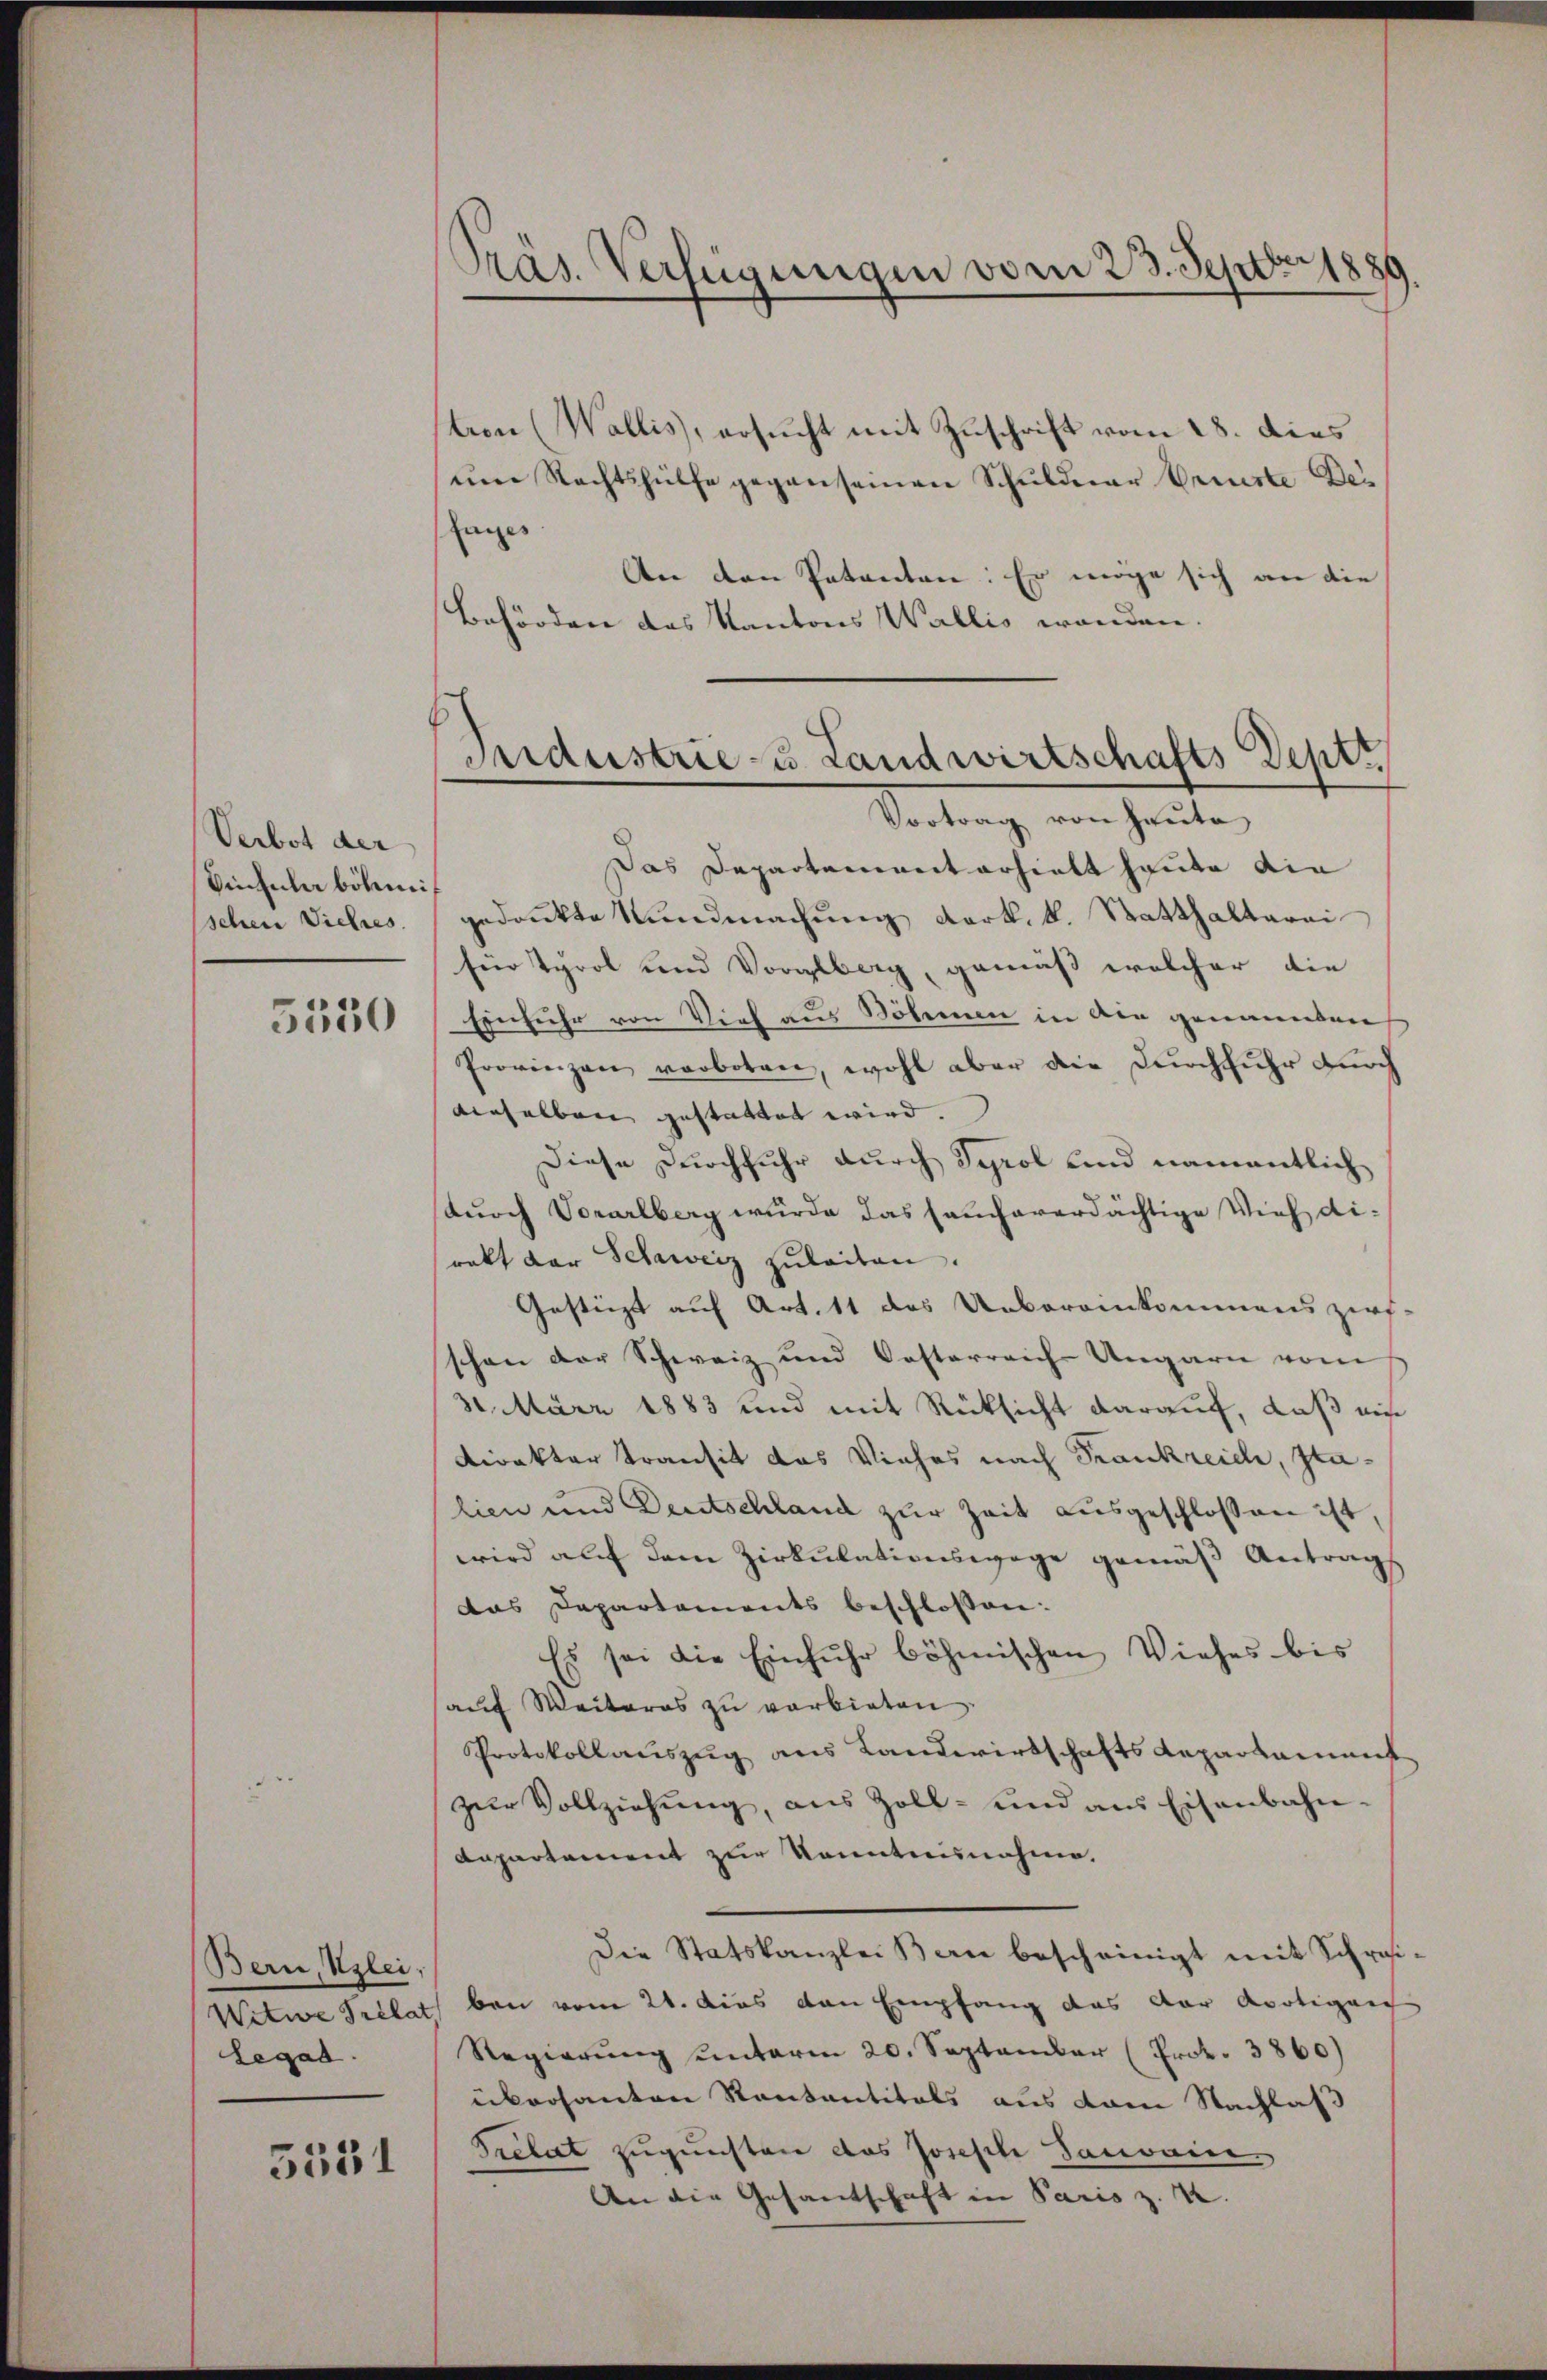
Verbot der
Einfula böhmi
5350

Bern, Klei,
Legat.

5531

Präs. Verfügungen vom 23. Septbr

tion (Wallis, ersucht mit Zuschrift vom 28. dies
ŭme Rechtshülfe gegen seinen Schuldner Criste Delages
An den Patenten: Er möge sich an die
Behörden des Kantons Wallis wenden.

Vortrag von Heute
Das Departement erhielt heute die
sehen Viehes gedankte Kundmachung Kark. k. Statthalterei
für Tyrol und Vorglberg, gemäß welcher die
Einfuhr von Vieh aus Böhmen in die genannten
Provinzen verboten, wohl aber die Durchfuhr durch
dieselben gestattet wird.
Diese Durchfuhr durch Syrol und namentlich
(durch Vorarlberg wurde das seucharerdächtige Vieh dirakt der Schweiz zuleiten.
Gestützt auf Art. 11 das Uebereinkommens zirf-
schon der Schweiz und Oesterreich Ungarn vom
31. März 1883 und mit Rücksicht darauf, daß ein
direkter Transit das Viehes nach Frankreich, Italien und Deutschland zŭr Zeit ausgeschlossen ist,
wird auf dem Zirkulationswege gemäß Antrags
das Departements beschlossen:
Es sei die Einfuhr böhmischen Viehes bis
aŭf Weiteres zu verbieten.
Protokollauszug aus Landwirtschafts Repartamenst
zur Vollziehung, aus Zoll- und aus Eisenbahn-
Dapartement zur Kenntnisnahine.
Die Statskanzlei Bern bescheinigt mit Schrei¬
Witwe Prélat bei vom 21. dies den Empfang das der Apotigen
Regierung unterm 20. September (Prok. 3860)
übersanten Rentantitals aus vom Nachlas
Prelat zugunsten das Joseph Janvain
An die Gesantschaft in Paris z. B.

f
Sndustrie-u. Landwirtschafts Deptr